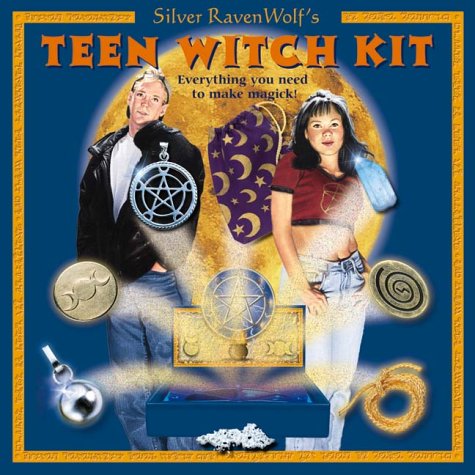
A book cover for Teen Witch Kit; Silver RavenWolf; Teen & Young Adult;